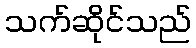
သက်ဆိုင်သည်